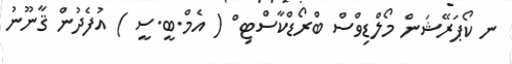
ނ ކޯޕަރޭޝަން މޯލްޑިވްސް ބްރޯޑްކާސްޓި ް ( އެމް.ބީ.ސީ ) އުފެދުން ޤާނޫނު